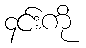
၄င်းကို